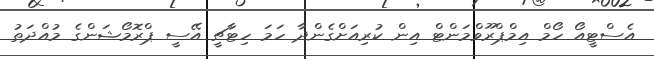
އެސްޓީއޯ ހޯމް އިމްޕްރޫވްމަންޓް އިން ކުރިއަށްގެންދާ ހަމަ ހިޓާޗީ އޭސީ ޕްރޮމޯޝަންގެ މުއްދަތު